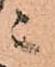
ニ